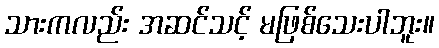
သားကလည်း အဆင်သင့် မဖြစ်သေးပါဘူး။